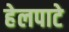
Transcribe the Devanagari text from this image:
हेलपाटे